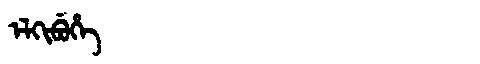
Manchu: ᡝᠯᡴᡳᠪᡠᡥᡝ
Romanization: ELKIBUHE